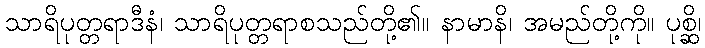
သာရိပုတ္တရာဒီနံ၊ သာရိပုတ္တရာစသည်တို့၏။ နာမာနိ၊ အမည်တို့ကို။ ပုစ္ဆိ၊